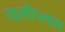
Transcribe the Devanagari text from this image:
यलोप्लश